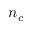
n _ { c }